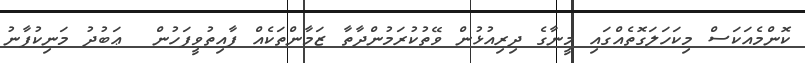
ކޮންމެއަކަސް މިކަހަލަގޮތެއްގައި މީނާގެ ދިރިއުޅުން ވޭތުކުރަމުންދާތާ ޒަމާންތަކެއް ފާއިތުވީފަހުން  ޢަބުދު މަނިކުފާނު